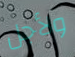
ولأجل